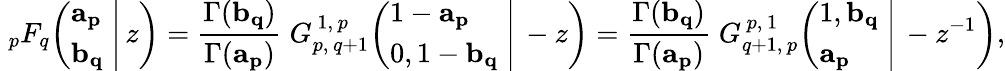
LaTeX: \; _{p}F_{q}\! \left(\left.{\begin{array}{l}{\mathbf{a_{p}}}\\ {\mathbf{b_{q}}}\end{array}}\; \right|\, z\right)={\frac{\Gamma(\mathbf{b_{q}})}{\Gamma(\mathbf{a_{p}})}}\; G_{p,\, q+1}^{\, 1,\, p}\! \left(\left.{\begin{array}{l}{1-\mathbf{a_{p}}}\\ {0,1-\mathbf{b_{q}}}\end{array}}\; \right|\, -z\right)={\frac{\Gamma(\mathbf{b_{q}})}{\Gamma(\mathbf{a_{p}})}}\; G_{q+1,\, p}^{\, p,\, 1}\! \left(\left.{\begin{array}{l}{1,\mathbf{b_{q}}}\\ {\mathbf{a_{p}}}\end{array}}\; \right|\, -z^{-1}\right),